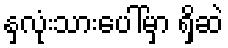
နှလုံးသားပေါ်မှာ ရှိဆဲ